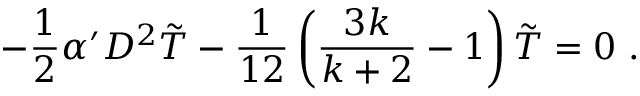
- \frac { 1 } { 2 } \alpha ^ { \prime } D ^ { 2 } \tilde { T } - \frac { 1 } { 1 2 } \left( \frac { 3 k } { k + 2 } - 1 \right) \tilde { T } = 0 ~ .